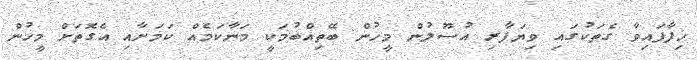
ހިފާފައިވާ ގެތަކުގައި ވިޔަފާރި އުސޫލުން މީހުން ބޭތިއްބުމަކީ މަނާކަމެއް ކަމަށާއި އެގޮތަށް މީހުން